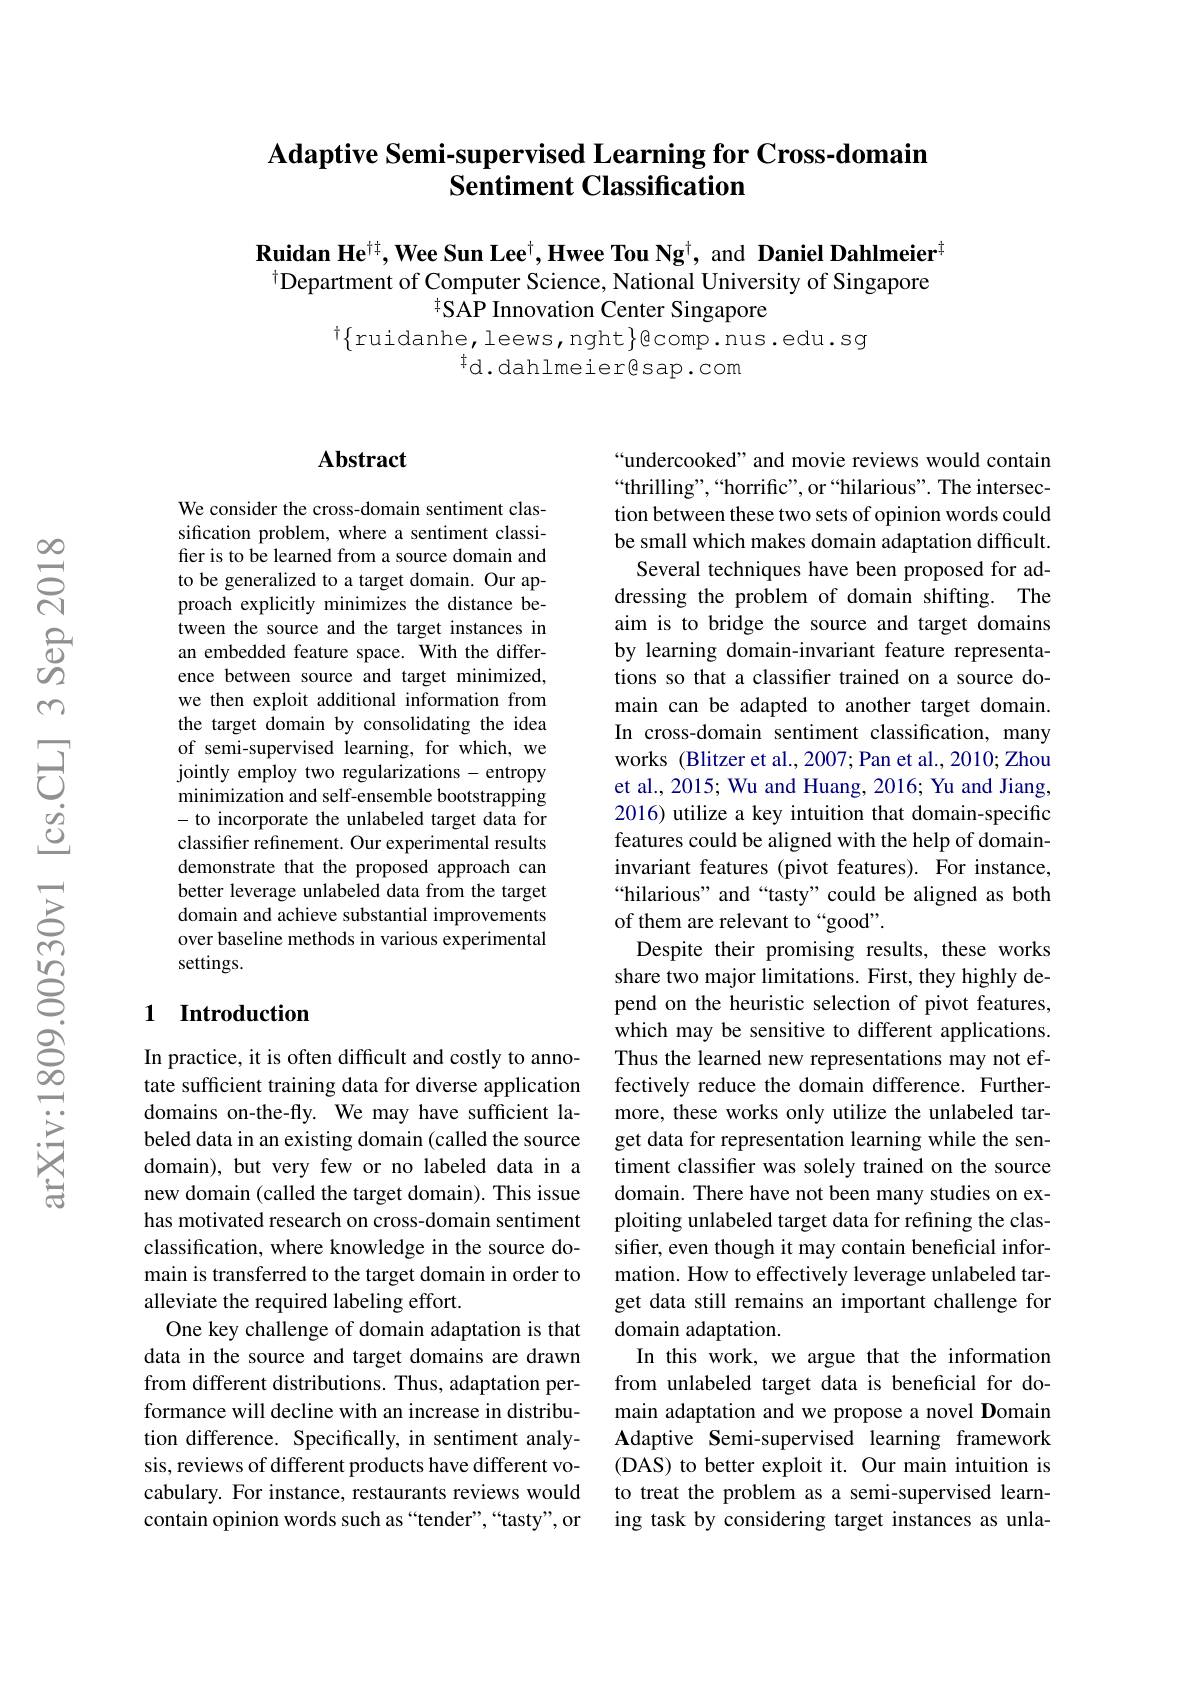
# $\textbf{Adaptive Semi- supervised Learning for Cross- domain}$ Sentiment Classification

Ruidan He$^{\dagger\dagger}$, Wee Sun Lee$^{\dagger}$, Hwee Tou Ng$^{\dagger}$, and Daniel Dahlmeier$^{\dagger}$ $^{\dagger}$Department of Computer Science, National University of Singapore
$^{\dagger}{\mathrm{SAP~Innovation~Center~Singapore}}$
$^{\dagger}\{$ruidanhe,leews,nght$\}$ecomp.nus.edu.sg
$^{\dagger}$d.dahlmeier$\textcircled{[ }$sap.com

### $\mathbf{Abstract}$

We consider the cross-domain sentiment classification problem, where a sentiment classifier is to be learned from a source domain and to be generalized to a target domain. Our approach explicitly minimizes the distance between the source and the target instances in an embedded feature space. With the difference between source and target minimized we then exploit additional information from the target domain by consolidating the idea of semi-supervised learning, for which, we jointly employ two regularizations - entropy minimization and self-ensemble bootstrapping - to incorporate the unlabeled target data for classifier refinement. Our experimental results demonstrate that the proposed approach can better leverage unlabeled data from the target domain and achieve substantial improvements over baseline methods in various experimental settings.

### 1 Introduction

In practice, it is often difficult and costly to annotate sufficient training data for diverse application domains on-the-fly. We may have sufficient labeled data in an existing domain (called the source domain), but very few or no labeled data in a new domain (called the target domain). This issue has motivated research on cross-domain sentiment classification, where knowledge in the source domain is transferred to the target domain in order to alleviate the required labeling effort.
One key challenge of domain adaptation is that data in the source and target domains are drawn from different distributions. Thus, adaptation performance will decline with an increase in distribution difference. Specifically, in sentiment analysis, reviews of different products have different vocabulary. For instance, restaurants reviews would contain opinion words such as “tender”,“tasty", or

“undercooked” and movie reviews would contain “thrilling”,“horrific”, or“hilarious". The intersection between these two sets of opinion words could be small which makes domain adaptation difficult. Several techniques have been proposed for addressing the problem of domain shifting. The aim is to bridge the source and target domains by learning domain-invariant feature representations so that a classifier trained on a source domain can be adapted to another target domain In cross-domain sentiment classification, many works (Blitzer et al., 2007; Pan et al., 2010; Zhou et al., 2015; Wu and Huang, 2016; Yu and Jiang, 2016) utilize a key intuition that domain-specific features could be aligned with the help of domaininvariant features (pivot features). For instance, “hilarious" and“tasty” could be aligned as both of them are relevant to“good”.
Despite their promising results, these works share two major limitations. First, they highly depend on the heuristic selection of pivot features, which may be sensitive to different applications. Thus the learned new representations may not effectively reduce the domain difference. Furthermore, these works only utilize the unlabeled target data for representation learning while the sentiment classifer was solely trained on the source domain. There have not been many studies on exploiting unlabeled target data for refining the classifier, even though it may contain beneficial information. How to effectively leverage unlabeled target data still remains an important challenge for domain adaptation.
In this work, we argue that the information from unlabeled target data is beneficial for domain adaptation and we propose a novel Domain Adaptive Semi-supervised learning framework (DAS) to better exploit it. Our main intuition is to treat the problem as a semi-supervised learning task by considering target instances as unla-